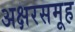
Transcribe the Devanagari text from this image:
अक्षरसमूह